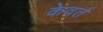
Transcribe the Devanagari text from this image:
केवर्त